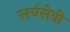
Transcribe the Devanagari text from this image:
सर्चसेवी